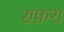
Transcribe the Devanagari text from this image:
सफ़रा